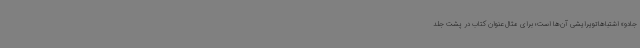
‌جادو» اشتباهاتویرایشی آن‌ها است؛ برای مثال عنوان کتاب در پشت جلد